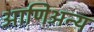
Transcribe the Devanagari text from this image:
आणिअन्य